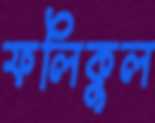
ফলিকুল